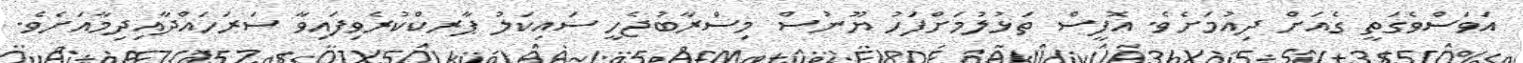
އަވަސްވެގަތީ ގެއަށް ދިއުމަށެވެ. އޮފީސް ތަޅުލުމަށްފަހު ޔޫނުސް މިސްރާބުޖެހީ ސައިކަލު ޕާރކްކުރެވިފައިވާ ސަރަހައްދާއިދިމާއަށެވެ.